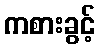
ကစားခွင့်